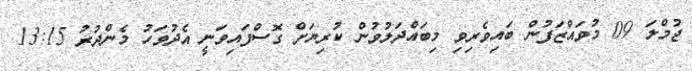
ޖުމްލަ 09 މުވައްޒަފުން ބައިވެރިވި މިބައްދަލުވުން ކުރިޔަށް ގޮސްފައިވަނީ އެދުވަހު މެންދުރު 13:15